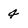
Character: 4